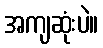
အကျဆုံးပဲ။